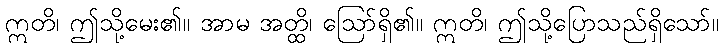
ဣတိ၊ ဤသို့မေး၏။ အာမ အတ္ထိ၊ ဩော်ရှိ၏။ ဣတိ၊ ဤသို့ပြောသည်ရှိသော်။